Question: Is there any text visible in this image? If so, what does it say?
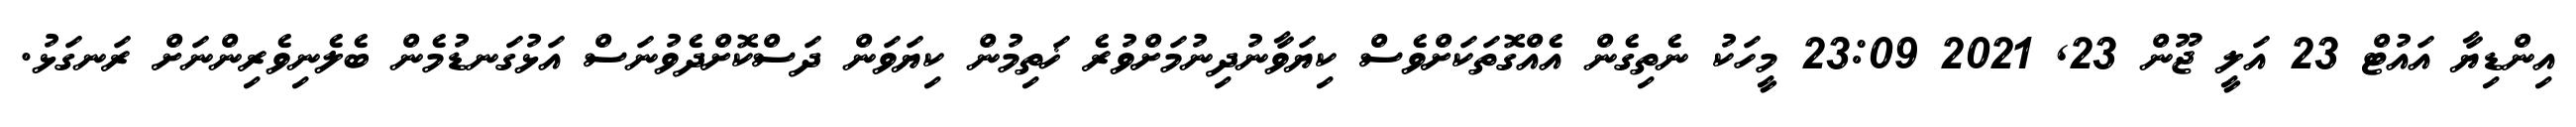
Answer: އިންޑިޔާ އައުޓް 23 އަލީ ޖޫން 23, 2021 23:09 މީހަކު ނެތިގެން އެއްގޮތަކަށްވެސް ކިޔަވާނުދިނުމަށްވުރެ ޚަތިމުން ކިޔަވަން ދަސްކޮށްދެވުނަސް އަޅުގަނޑުމެން ބެލެނިވެރިންނަށް ރަނގަޅު.